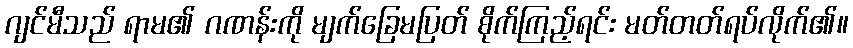
ဂျင်မီသည် ရာမ၏ ဂဏန်းကို မျက်ခြေမပြတ် စိုက်ကြည့်ရင်း မတ်တတ်ရပ်လိုက်၏။